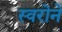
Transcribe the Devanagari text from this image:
स्वरोने